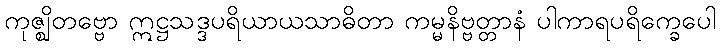
ကုဇ္ဈိတဗ္ဗော ဣဋ္ဌသဒ္ဒပရိယာယသာဓိတာ ကမ္မနိဗ္ဗတ္တာနံ ပါကာရပရိက္ခေပေါ